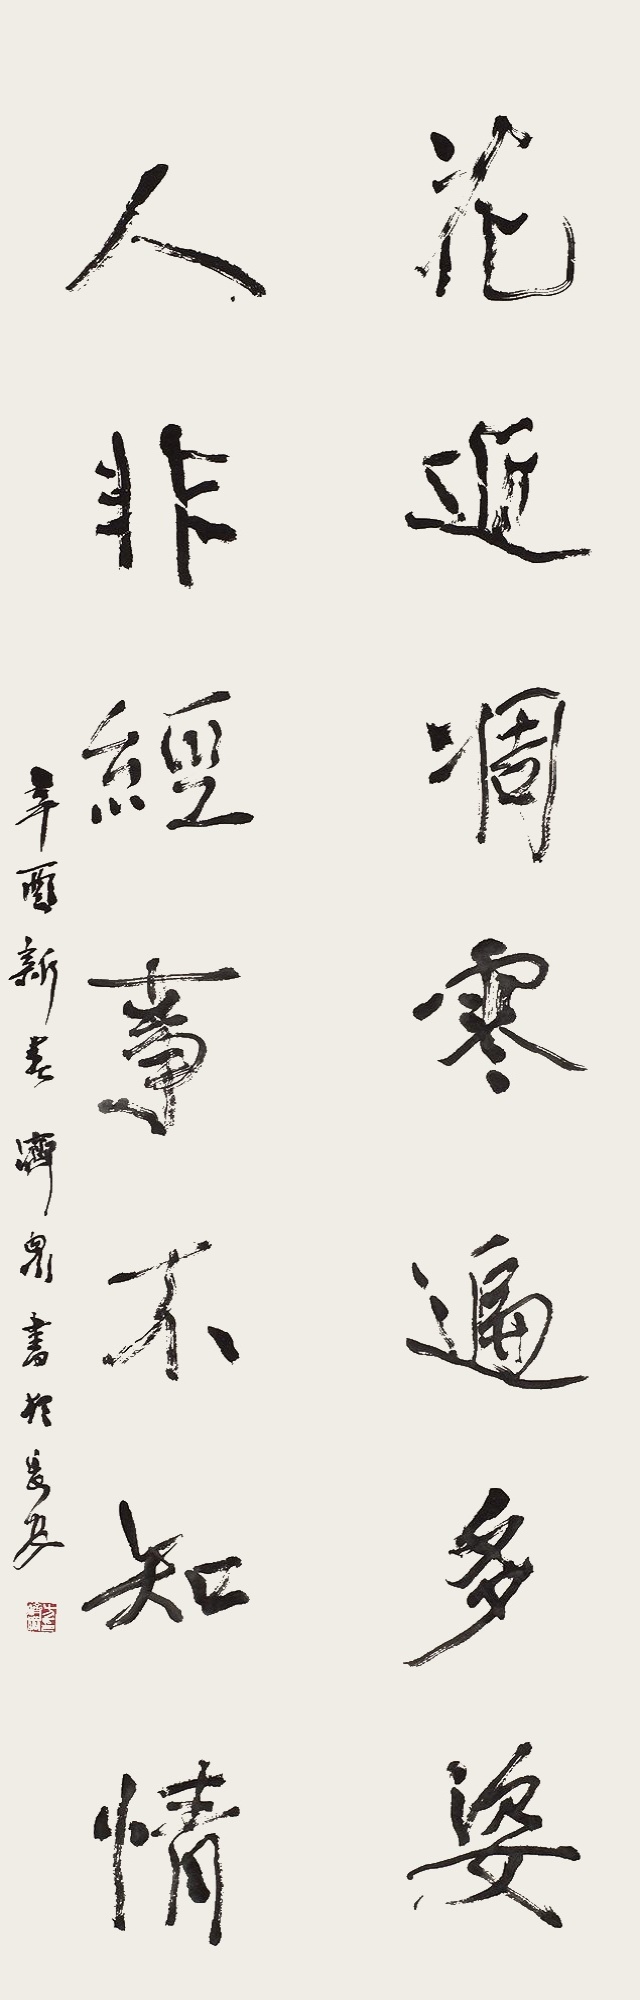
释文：花近凋零遍多姿，人非经事不知情。辛酉新春济众书于长安。